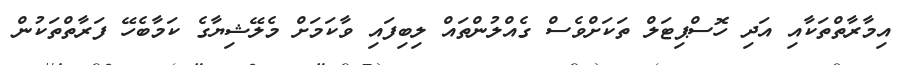
އިމާރާތްތަކާއި އަދި ހޮސްޕިޓަލް ތަކަށްވެސް ގެއްލުންތައް ލިބިފައި ވާކަމަށް މެލޭޝިޔާގެ ކަމާބެހޭ ފަރާތްތަކުން